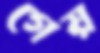
গেয়